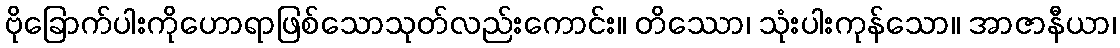
ဗိုခြောက်ပါးကိုဟောရာဖြစ်သောသုတ်လည်းကောင်း။ တိဿော၊ သုံးပါးကုန်သော။ အာဇာနီယာ၊